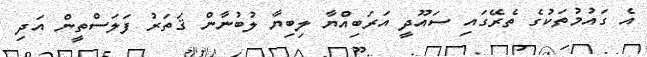
އެ ގައުމުތަކުގެ ތެރޭގައި ސައޫދީ އަރަބިއްޔާ ލިބިޔާ ލުބުނާން ޤަތަރު ފަލަސްތީން އަދި